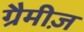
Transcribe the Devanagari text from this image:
ग्रैमीज़